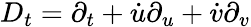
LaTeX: D_{t}=\partial_{t}+\dot{u}\partial_{u}+\dot{v}\partial_{v}